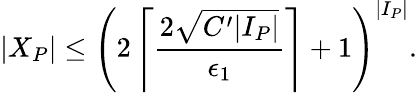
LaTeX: |X_{P}|\leq\left(2\left\lceil\frac{2\sqrt{C^{\prime}|I_{P}|}}{\epsilon_{1}}\right\rceil+1\right)^{|I_{P}|}.